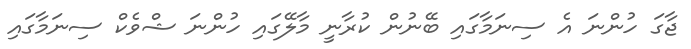
ޖާގަ ހުންނަ އެ ސިނަމާގައި ބޭނުން ކުރާނީ މާލޭގައި ހުންނަ ޝްވެކް ސިނަމާގައި